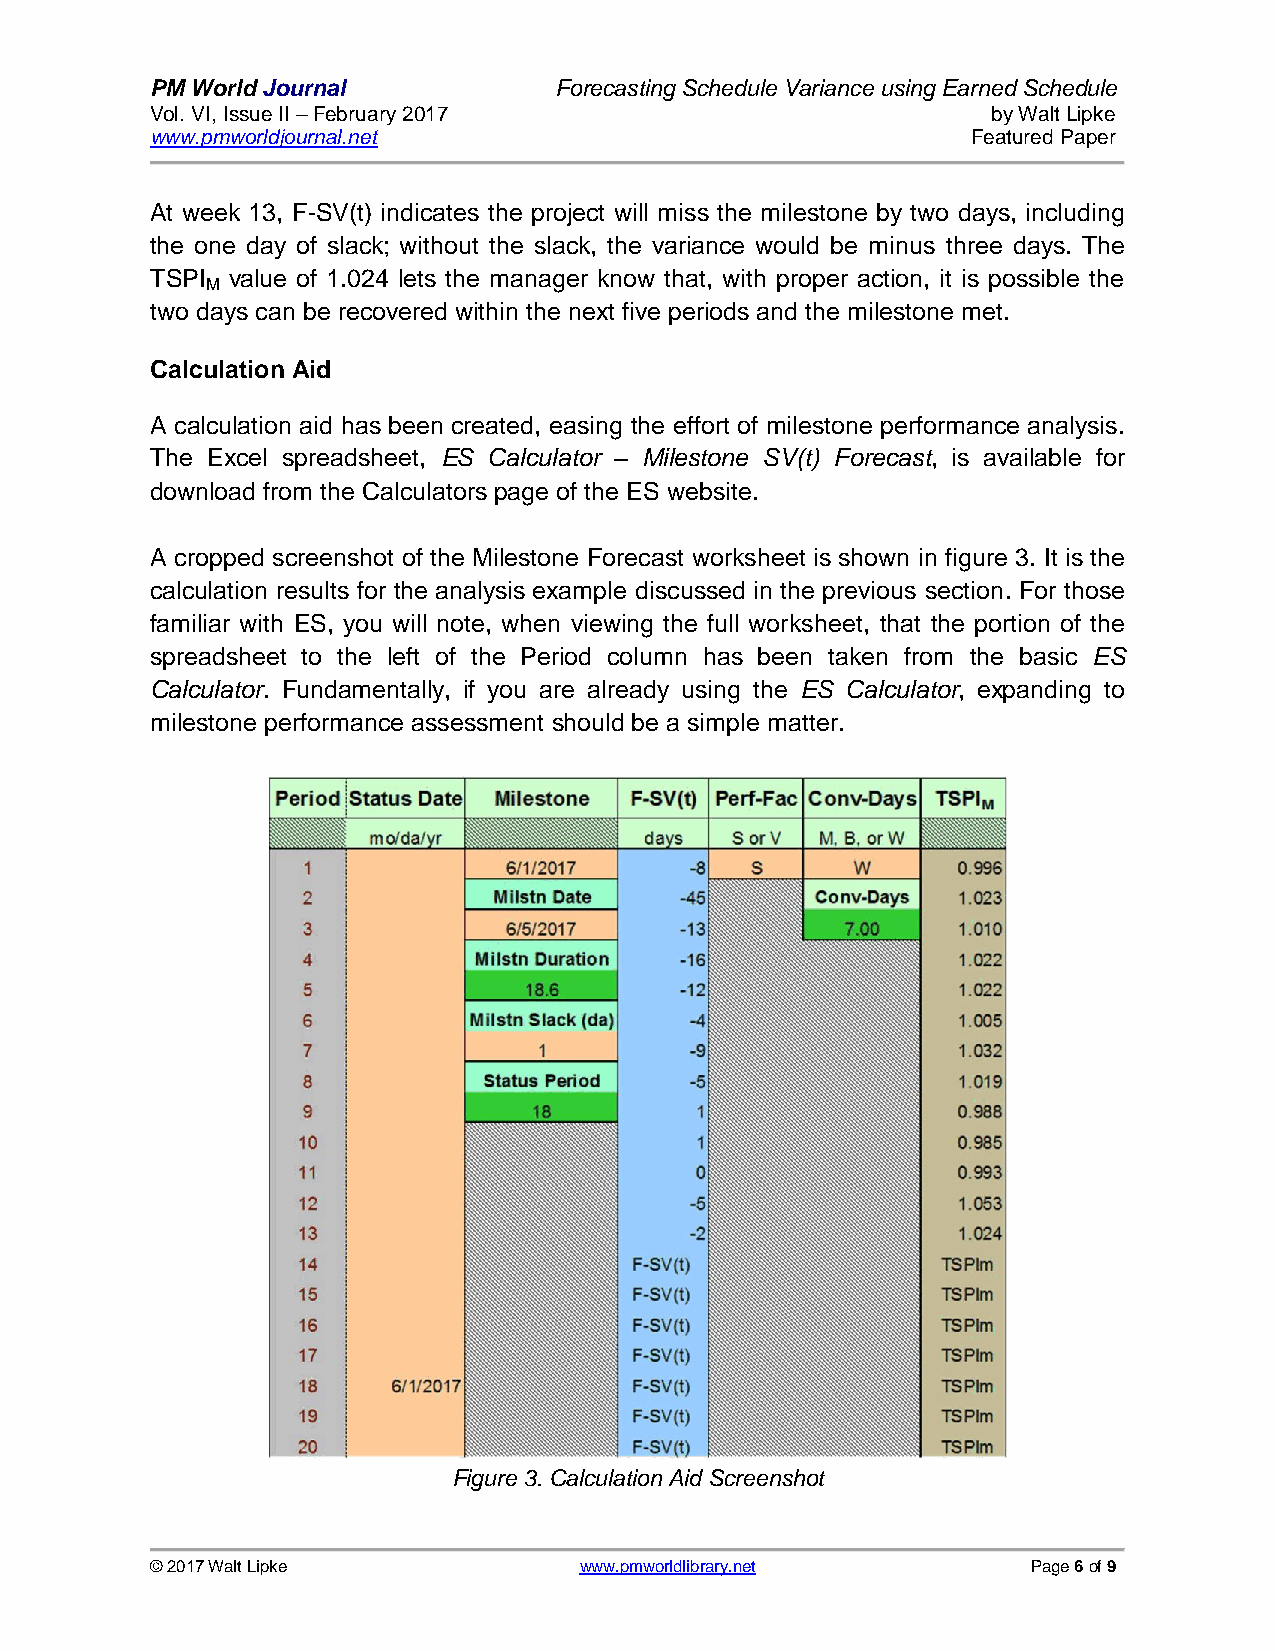
PM World Journal           Forecasting Schedule Variance using Earned Schedule
 Vol. VI, Issue II – February 2017                       by Walt Lipke
 www.pmworldjournal.net                                Featured Paper
 At week 13, F-SV(t) indicates the project will miss the milestone by two days, including
 the one day of slack; without the slack, the variance would be minus three days. The
 TSPI value of 1.024 lets the manager know that, with proper action, it is possible the
 M
 two days can be recovered within the next five periods and the milestone met.
 Calculation Aid
 A calculation aid has been created, easing the effort of milestone performance analysis.
 The Excel spreadsheet, ES Calculator – Milestone SV(t) Forecast, is available for
 download from the Calculators page of the ES website.
 A cropped screenshot of the Milestone Forecast worksheet is shown in figure 3. It is the
 calculation results for the analysis example discussed in the previous section. For those
 familiar with ES, you will note, when viewing the full worksheet, that the portion of the
 spreadsheet to the left of the Period column has been taken from the basic ES
 Calculator. Fundamentally, if you are already using the ES Calculator, expanding to
 milestone performance assessment should be a simple matter.
 Figure 3. Calculation Aid Screenshot
 © 2017 Walt Lipke           www.pmworldlibrary.net        Page 6 of 9